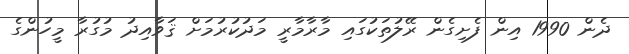
ދެން 1990 އިން ފެށިގެން ރޭލުތަކުގައި މާރާމާރީ މަދުކުރުމަށް ޤަވާއިދު މުގުރާ މީހުންގެ